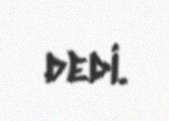
dedi.